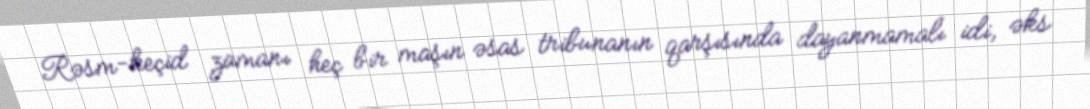
Rəsm-keçid zamanı heç bir maşın əsas tribunanın qarşısında dayanmamalı idi, əks